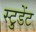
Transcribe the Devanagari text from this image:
स्टु़डेंट